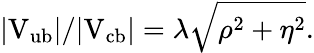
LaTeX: |\mathrm{V_{ub}}|/|\mathrm{V_{cb}}|=\lambda\sqrt{\rho^{2}+\eta^{2}}.